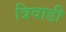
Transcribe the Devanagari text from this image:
त्रिवाडी